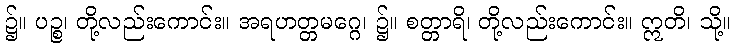
၌။ ပဉ္စ၊ တို့လည်းကောင်း။ အရဟတ္တမဂ္ဂေ၊ ၌။ စတ္တာရိ၊ တို့လည်းကောင်း။ ဣတိ၊ သို့။